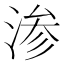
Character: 渗